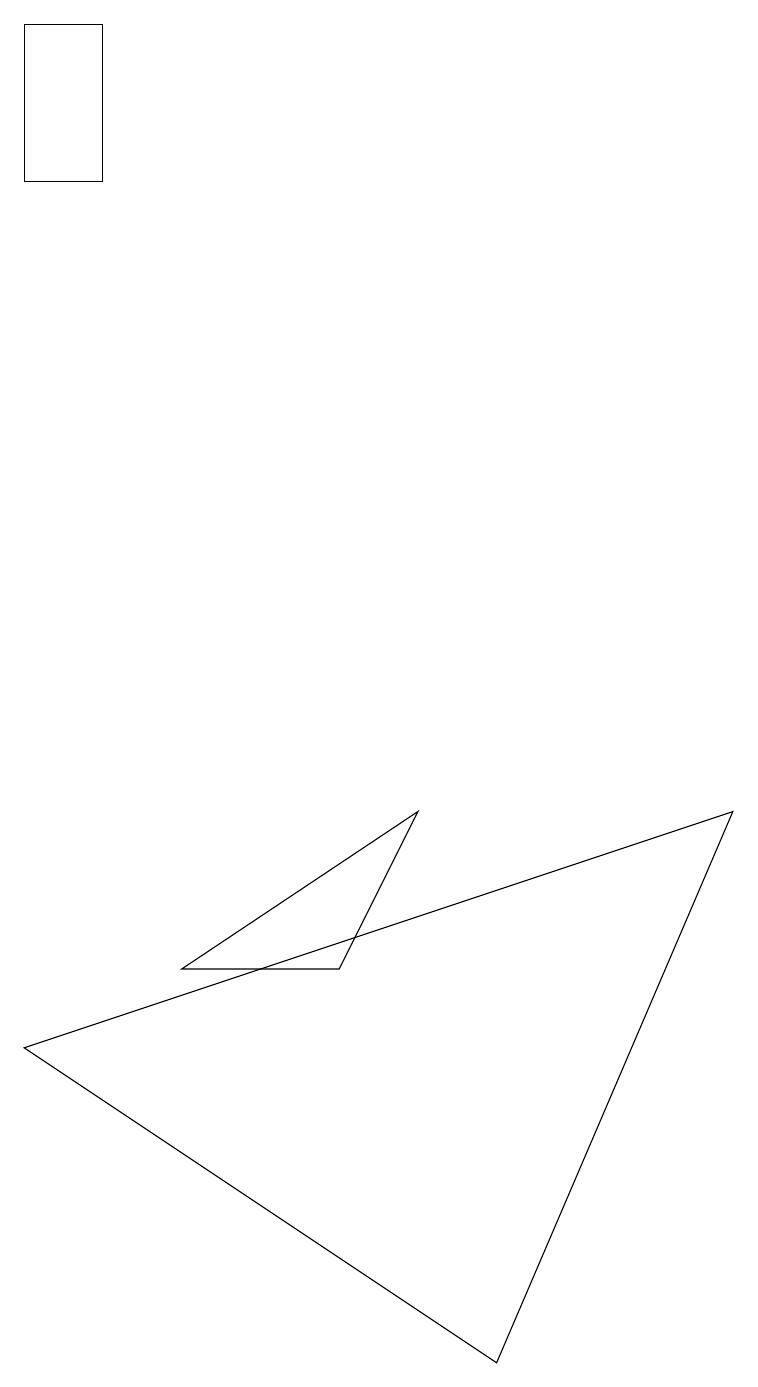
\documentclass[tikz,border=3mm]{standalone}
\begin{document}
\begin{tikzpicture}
\draw (0,17) rectangle (1,19);
\draw (5,9) -- (2,7) -- (4,7) -- cycle;
\draw (9,9) -- (6,2) -- (0,6) -- cycle;
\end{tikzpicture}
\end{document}